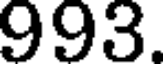
993.